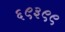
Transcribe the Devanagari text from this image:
६९३९९